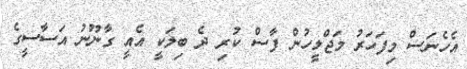
އެހެނަސް މިފަހަރު މަޖްލީހުން ފާސް ކުރި ދެ ބިލަކީ އެއީ ގާނޫނު އަސާސީގެ